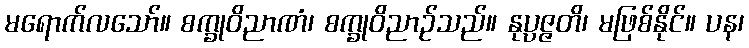
မရောက်လသော်။ စက္ခုဝိညာဏံ၊ စက္ခုဝိညာဉ်သည်။ နုပ္ပဇ္ဇတိ၊ မဖြစ်နိုင်။ ပန၊